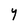
Character: Y